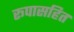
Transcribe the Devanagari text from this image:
रूपासहित